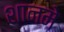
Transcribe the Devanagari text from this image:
शानमे